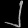
Digit: ၂